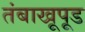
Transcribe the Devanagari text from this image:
तंबाखूपूड